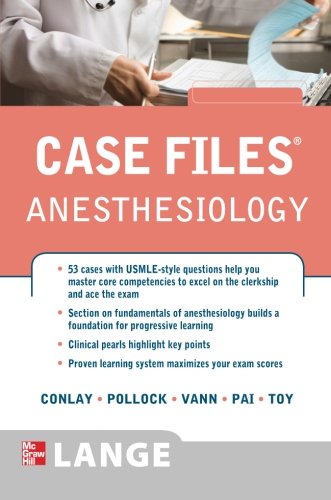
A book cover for Case Files Anesthesiology (LANGE Case Files); Lydia Conlay; Medical Books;